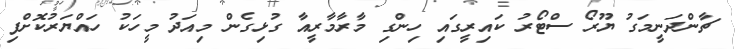
ޗާންދަނީމަގު ޔޫރޯ ސްޓޯރު ކައިރީގައި ހިންގި މާރާމާރީއާ ގުޅިގެން މިއަދު މީހަކު ހައްޔަރުކޮށްފި